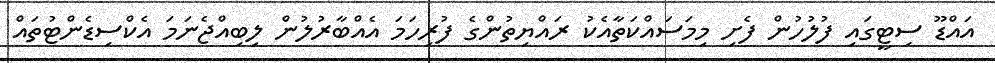
އައްޑޫ ސިޓީގައި ފުލުހުން ފެށި މިމަސައްކަތާއެކު ރައްޔިތުންގެ ފުރިހަމަ އެއްބާރުލުން ލިބިއްޖެނަމަ އެކްސިޑެންޓުތައް